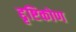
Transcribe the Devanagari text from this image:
द्दृष्टिकोण